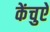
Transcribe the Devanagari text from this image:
केंचुऐ